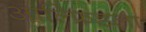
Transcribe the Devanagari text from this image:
आल्फ्रिडला